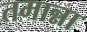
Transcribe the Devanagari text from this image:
तमान्ना